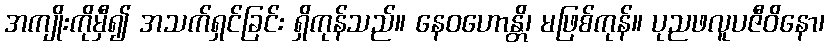
အကျိုးကိုမှီ၍ အသက်ရှင်ခြင်း ရှိကုန်သည်။ နေဝဟောန္တိ၊ မဖြစ်ကုန်။ ပုညဖလူပဇီဝိနော၊